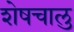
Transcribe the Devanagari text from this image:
शेषचालु